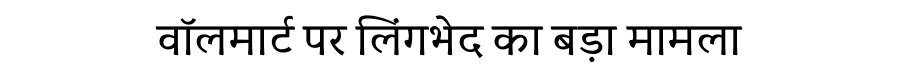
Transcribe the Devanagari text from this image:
वॉलमार्ट पर लिंगभेद का बड़ा मामला